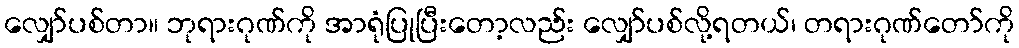
လျှော်ပစ်တာ။ ဘုရားဂုဏ်ကို အာရုံပြုပြီးတော့လည်း လျှော်ပစ်လို့ရတယ်၊ တရားဂုဏ်တော်ကို